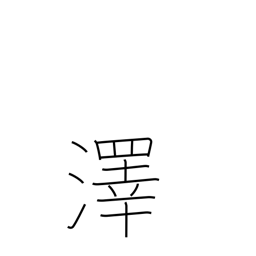
Meaning: swamp